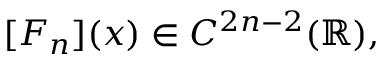
[ F _ { n } ] ( x ) \in C ^ { 2 n - 2 } ( { \mathbb R } ) ,